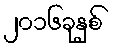
၂၀၁၆ခုနှစ်